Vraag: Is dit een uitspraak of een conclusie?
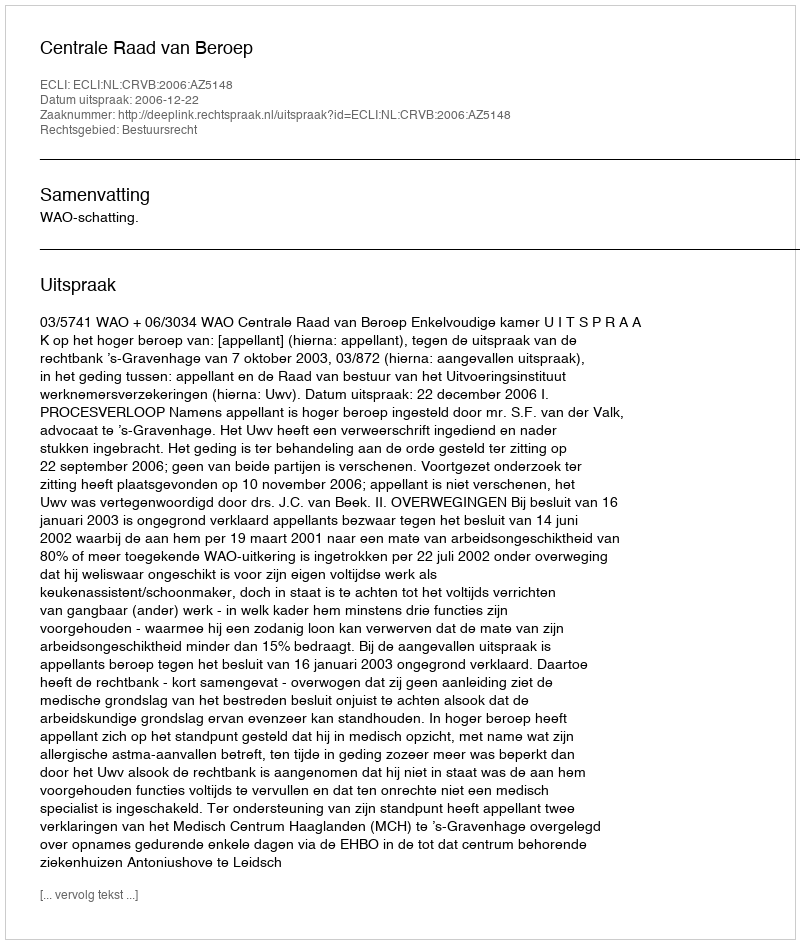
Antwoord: Uitspraak